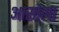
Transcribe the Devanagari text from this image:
आसोला